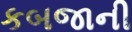
કબજાની